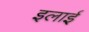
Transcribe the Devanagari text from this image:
इलाई